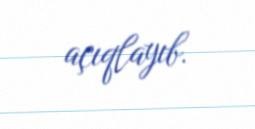
açıqlayıb.